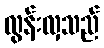
လွန်းလှသည်